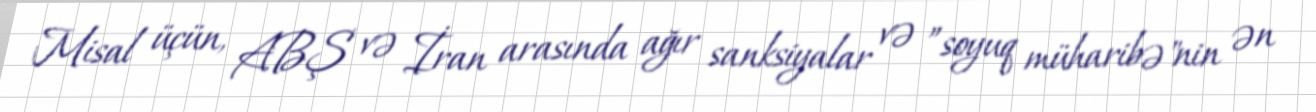
Misal üçün, ABŞ və İran arasında ağır sanksiyalar və ”soyuq müharibə"nin ən